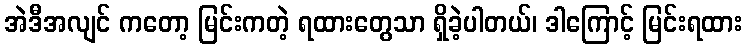
အဲဒီအလျင် ကတော့ မြင်းကတဲ့ ရထားတွေသာ ရှိခဲ့ပါတယ်၊ ဒါကြောင့် မြင်းရထား